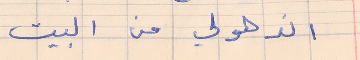
اندهولي من البيت